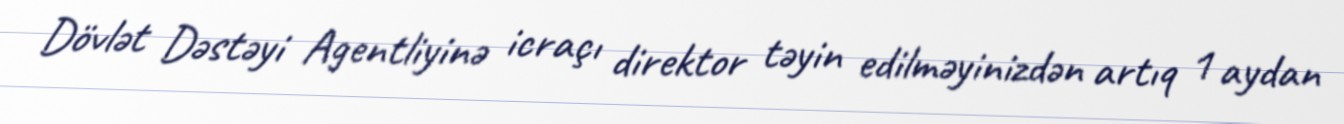
Dövlət Dəstəyi Agentliyinə icraçı direktor təyin edilməyinizdən artıq 1 aydan